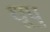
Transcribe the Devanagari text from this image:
धूपु